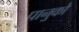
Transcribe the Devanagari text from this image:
पानुको